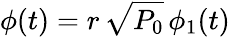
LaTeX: \phi(t)=r\, \sqrt{P_{0}}\, \phi_{1}(t)